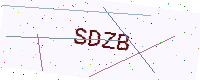
Text: SDZB